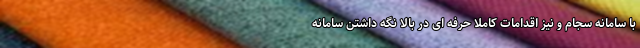
با سامانه سجام و نیز اقدامات کاملاً حرفه ای در بالا نگه داشتن سامانه